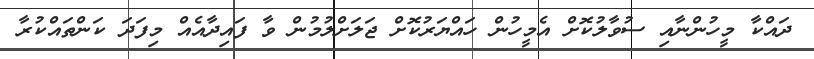
ދައްކާ މީހުންނާއި ސުވާލުކޮށް އެމީހުން ހައްޔަރުކޮށް ޖަލަށްލުމުން ވާ ފައިދާއެއް މިފަދަ ކަންތައްކުރާ